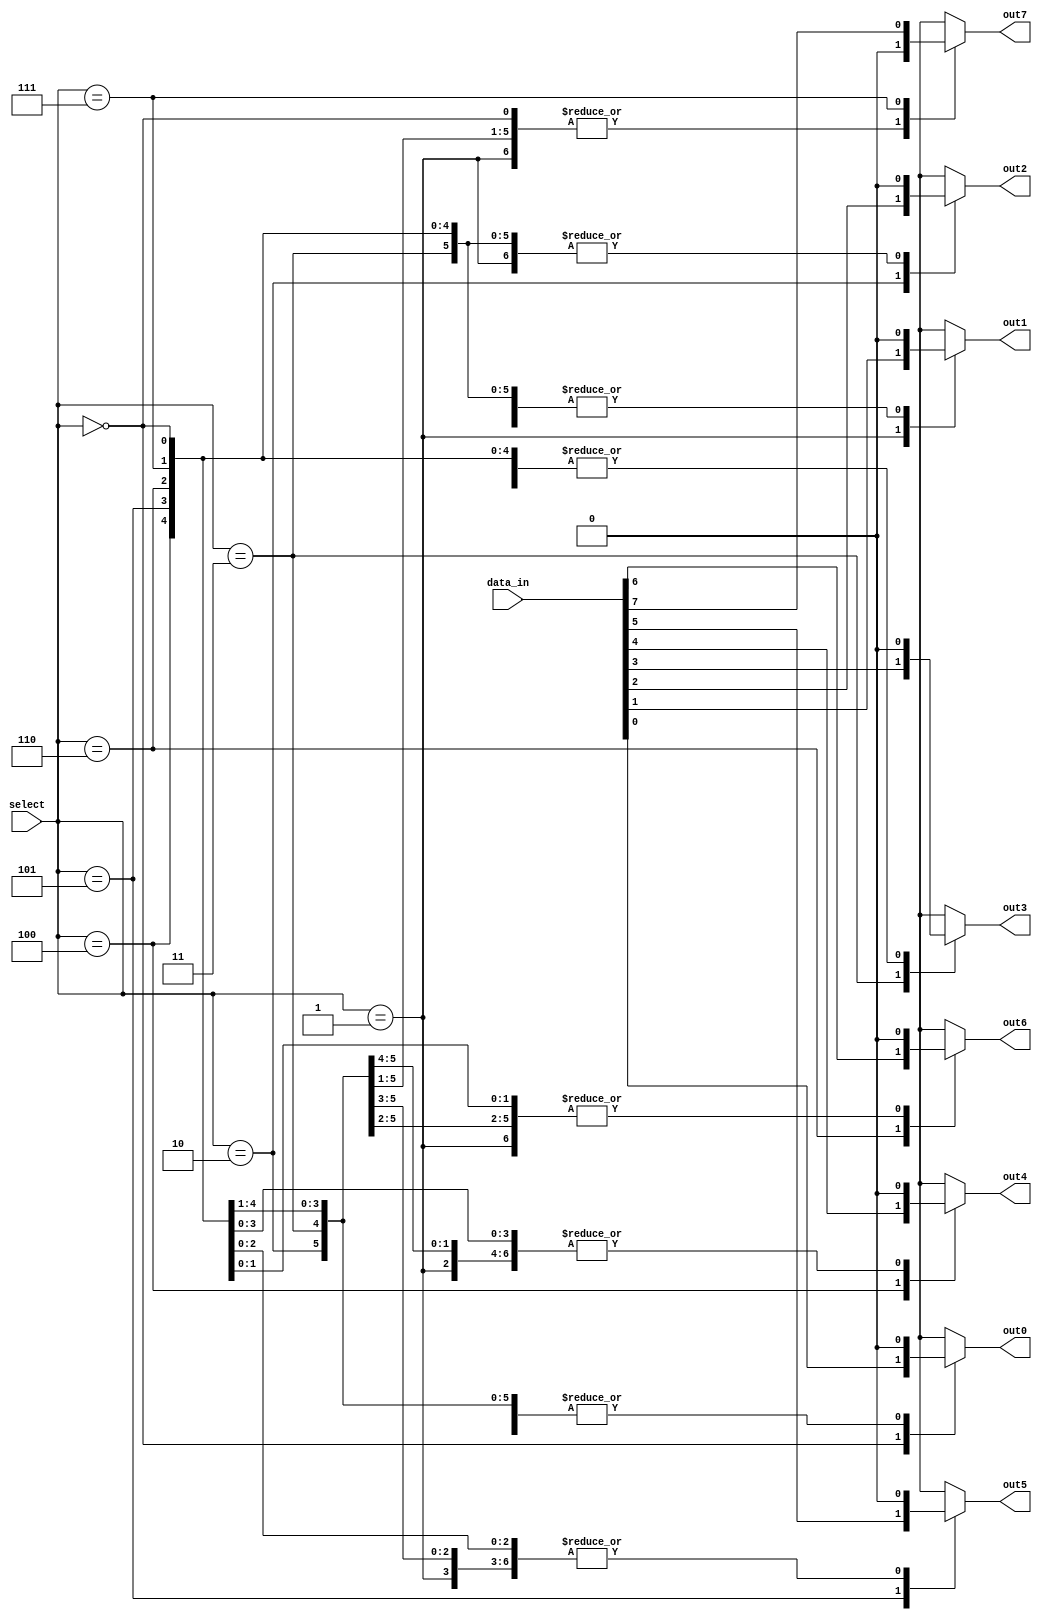
module demux_1to8 (
    input [7:0] data_in,
    input [2:0] select,
    output reg out0,
    output reg out1,
    output reg out2,
    output reg out3,
    output reg out4,
    output reg out5,
    output reg out6,
    output reg out7
);

always @ (select)
begin
    case (select)
        3'b000: begin out0 = data_in[0]; out1 = 1'b0; out2 = 1'b0; out3 = 1'b0; out4 = 1'b0; out5 = 1'b0; out6 = 1'b0; out7 = 1'b0; end
        3'b001: begin out0 = 1'b0; out1 = data_in[1]; out2 = 1'b0; out3 = 1'b0; out4 = 1'b0; out5 = 1'b0; out6 = 1'b0; out7 = 1'b0; end
        3'b010: begin out0 = 1'b0; out1 = 1'b0; out2 = data_in[2]; out3 = 1'b0; out4 = 1'b0; out5 = 1'b0; out6 = 1'b0; out7 = 1'b0; end
        3'b011: begin out0 = 1'b0; out1 = 1'b0; out2 = 1'b0; out3 = data_in[3]; out4 = 1'b0; out5 = 1'b0; out6 = 1'b0; out7 = 1'b0; end
        3'b100: begin out0 = 1'b0; out1 = 1'b0; out2 = 1'b0; out3 = 1'b0; out4 = data_in[4]; out5 = 1'b0; out6 = 1'b0; out7 = 1'b0; end
        3'b101: begin out0 = 1'b0; out1 = 1'b0; out2 = 1'b0; out3 = 1'b0; out4 = 1'b0; out5 = data_in[5]; out6 = 1'b0; out7 = 1'b0; end
        3'b110: begin out0 = 1'b0; out1 = 1'b0; out2 = 1'b0; out3 = 1'b0; out4 = 1'b0; out5 = 1'b0; out6 = data_in[6]; out7 = 1'b0; end
        3'b111: begin out0 = 1'b0; out1 = 1'b0; out2 = 1'b0; out3 = 1'b0; out4 = 1'b0; out5 = 1'b0; out6 = 1'b0; out7 = data_in[7]; end
    endcase
end

endmodule